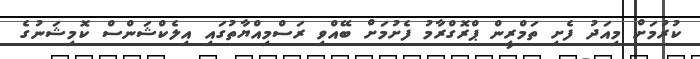
ކުރުމަށް މިއަދު ފެށި ތަމްރީން ޕްރޮގްރާމު ފެށުމަށް ބޭއްވި ރަސްމިއްޔާތުގައި އިލެކްޝަންސް ކޮމިޝަނުގެ